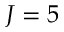
J = 5